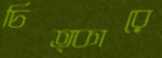
চিত্কারে